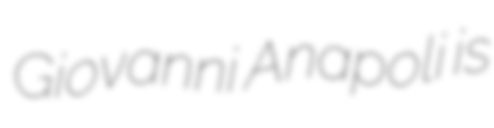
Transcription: Giovanni Anapoli is